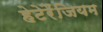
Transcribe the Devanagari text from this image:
हेटेरैंजियम